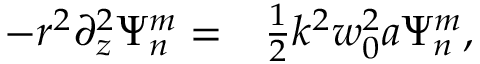
\begin{array} { r l } { - r ^ { 2 } \partial _ { z } ^ { 2 } \Psi _ { n } ^ { m } = } & { { } \frac { 1 } { 2 } k ^ { 2 } w _ { 0 } ^ { 2 } a \Psi _ { n } ^ { m } , } \end{array}